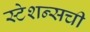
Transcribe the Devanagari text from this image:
स्टेशन्सची